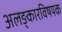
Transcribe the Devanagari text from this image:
अलङ्कारविषयक